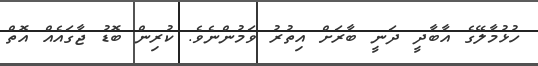
ހުޅުމާލޭގެ އާބާދީ ދަނީ ބާރަށް އިތުރު ވަމުންނެވެ. ކުރިން ބޮޑު ޖާގައެއް އޮތް